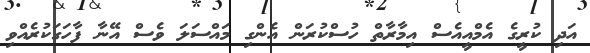
އަދި ކުރީގެ އެމްއީއެސް އިމާރާތް ހުސްކުރަން އެންގި މައްސަލަ ވެސް އޭނާ ފާހަގަކުރެއްވި